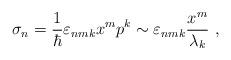
LaTeX: \begin{align*}\sigma_n = \frac {1}{\hbar} \varepsilon_{nmk} x^m p^k \sim \varepsilon_{nmk}\frac {x^m}{\lambda_k}~,\end{align*}